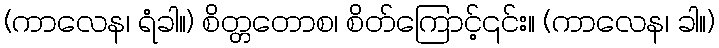
(ကာလေန၊ ရံခါ။) စိတ္တတောစ၊ စိတ်ကြောင့်၎င်း။ (ကာလေန၊ ခါ။)